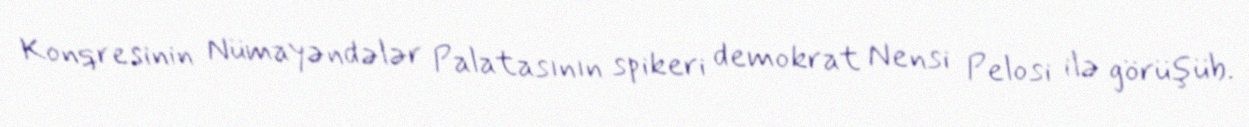
Konqresinin Nümayəndələr Palatasının spikeri demokrat Nensi Pelosi ilə görüşüb.